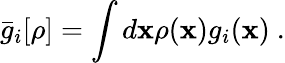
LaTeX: \bar{g}_{i}[\rho]=\int d\mathbf{x}\rho(\mathbf{x})g_{i}(\mathbf{x})~.